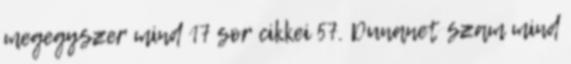
megegyszer mind 17 sor cikkei 57. Dunanet szam mind